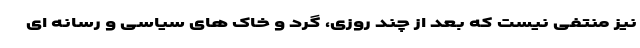
نیز منتفی نیست که بعد از چند روزی، گرد و خاک های سیاسی و رسانه ای